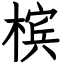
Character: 槟